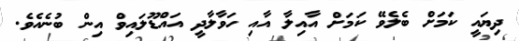
ދިޔައީ ކަމަށް ބެލެވޭ ކަމަށް އާއިލާ އާއި ހަވާލާދީ އައްޑޫލައިވް އިން ބުނެއެވެ.